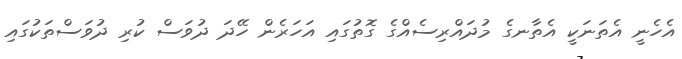
އެހެނީ އެތަނަކީ އެތާނގެ މުދައްރިސެއްގެ ގޮތުގައި އަހަރެން ހޭދަ ދުވަސް ކުރި ދުވަސްތަކުގައި